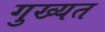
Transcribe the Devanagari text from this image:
गुख्यत